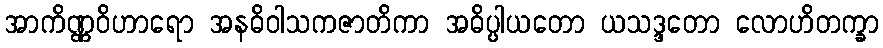
အာကိဏ္ဏဝိဟာရော အနဓိဝါသကဇာတိကာ အဓိပ္ပါယတော ယသဒ္ဒတော လောဟိတက္ခာ